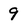
Character: 9